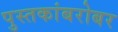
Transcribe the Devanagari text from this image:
पुस्तकांबरोबर